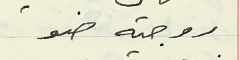
روجيه ضو